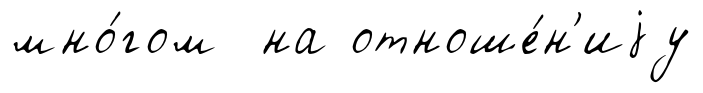
мно́гом на отноше́н'иjу